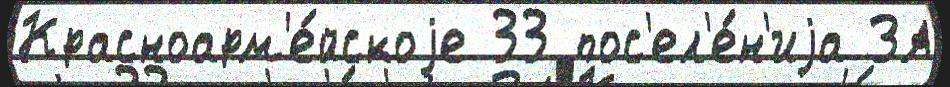
Красноарм'е́йскоjе 33 пос'ел'е́н'иjа ЗА